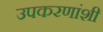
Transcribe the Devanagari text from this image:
उपकरणांशी